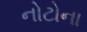
નોટોના